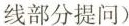
线部分提问)